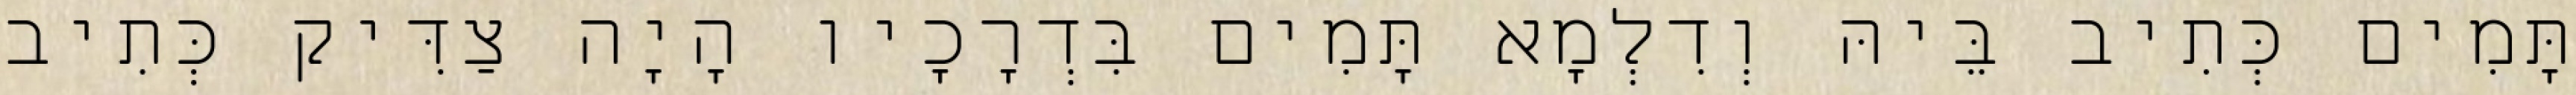
תָּמִים כְּתִיב בֵּיהּ וְדִלְמָא תָּמִים בִּדְרָכָיו הָיָה צַדִּיק כְּתִיב